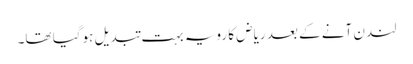
لندن آنے کے بعد ریاض کا رویہ بہت تبدیل ہوگیا تھا۔